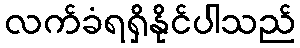
လက်ခံရရှိနိုင်ပါသည်